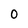
Character: 0